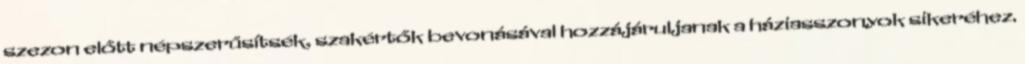
szezon előtt népszerűsítsék, szakértők bevonásával hozzájáruljanak a háziasszonyok sikeréhez.